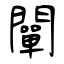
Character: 闡